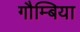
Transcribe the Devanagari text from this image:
गौम्बिया